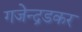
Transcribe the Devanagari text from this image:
गजेन्द्रडकर